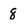
Character: 8